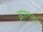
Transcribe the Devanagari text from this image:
झालना